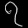
Digit: ၇